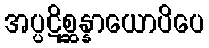
အပ္ပဋိစ္ဆန္နာယောပိပေ